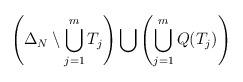
LaTeX: \begin{align*} \left( \Delta_N\setminus \bigcup\limits_{j=1}^m T_j\right) \bigcup \left(\bigcup\limits_{j=1}^m Q(T_j)\right)\end{align*}